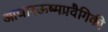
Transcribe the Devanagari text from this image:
आधारऊष्मप्रवैगिकी